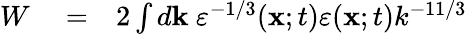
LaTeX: \begin{array}{rlr}{W}&{{}=}&{2\int d{\mathbf{k}}\ \varepsilon^{-1/3}({\mathbf{x}};t)\varepsilon({\mathbf{x}};t)k^{-11/3}}\end{array}